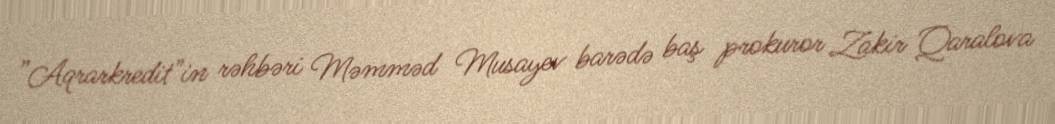
”Aqrarkredit"in rəhbəri Məmməd Musayev barədə baş prokuror Zakir Qaralova